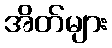
အိတ်များ